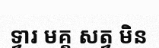
ទ្វារ មគ្គ សត្វ មិន